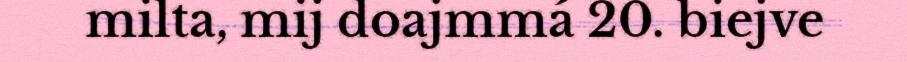
milta, mij doajmmá 20. biejve